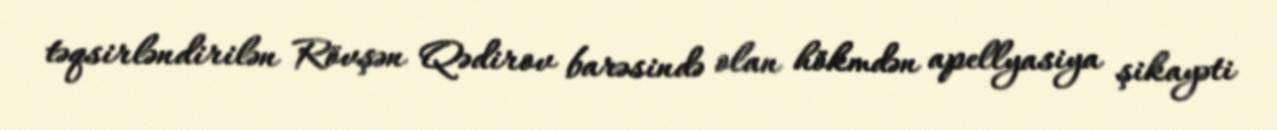
təqsirləndirilən Rövşən Qədirov barəsində olan hökmdən apellyasiya şikayəti